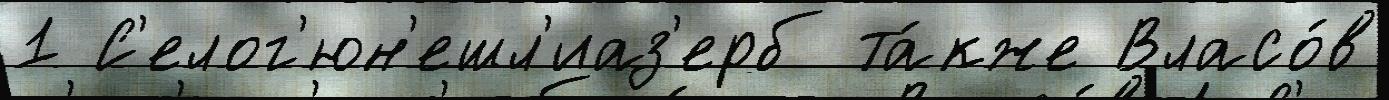
1 С'елог'юн'ешл'иаз'ерб та́кже Власо́в